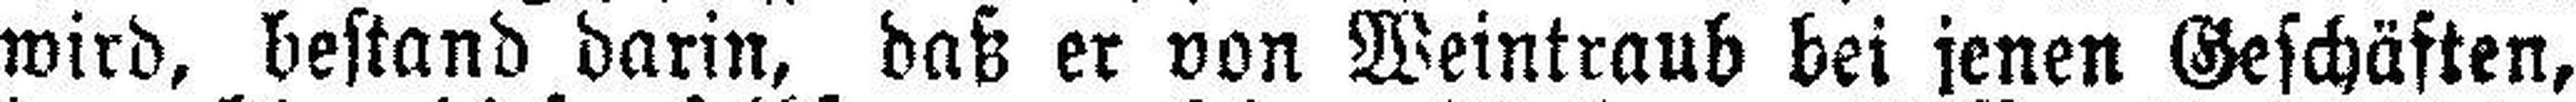
wird, bestand darin, daß er von Weintraub bei jenen Geschäften,